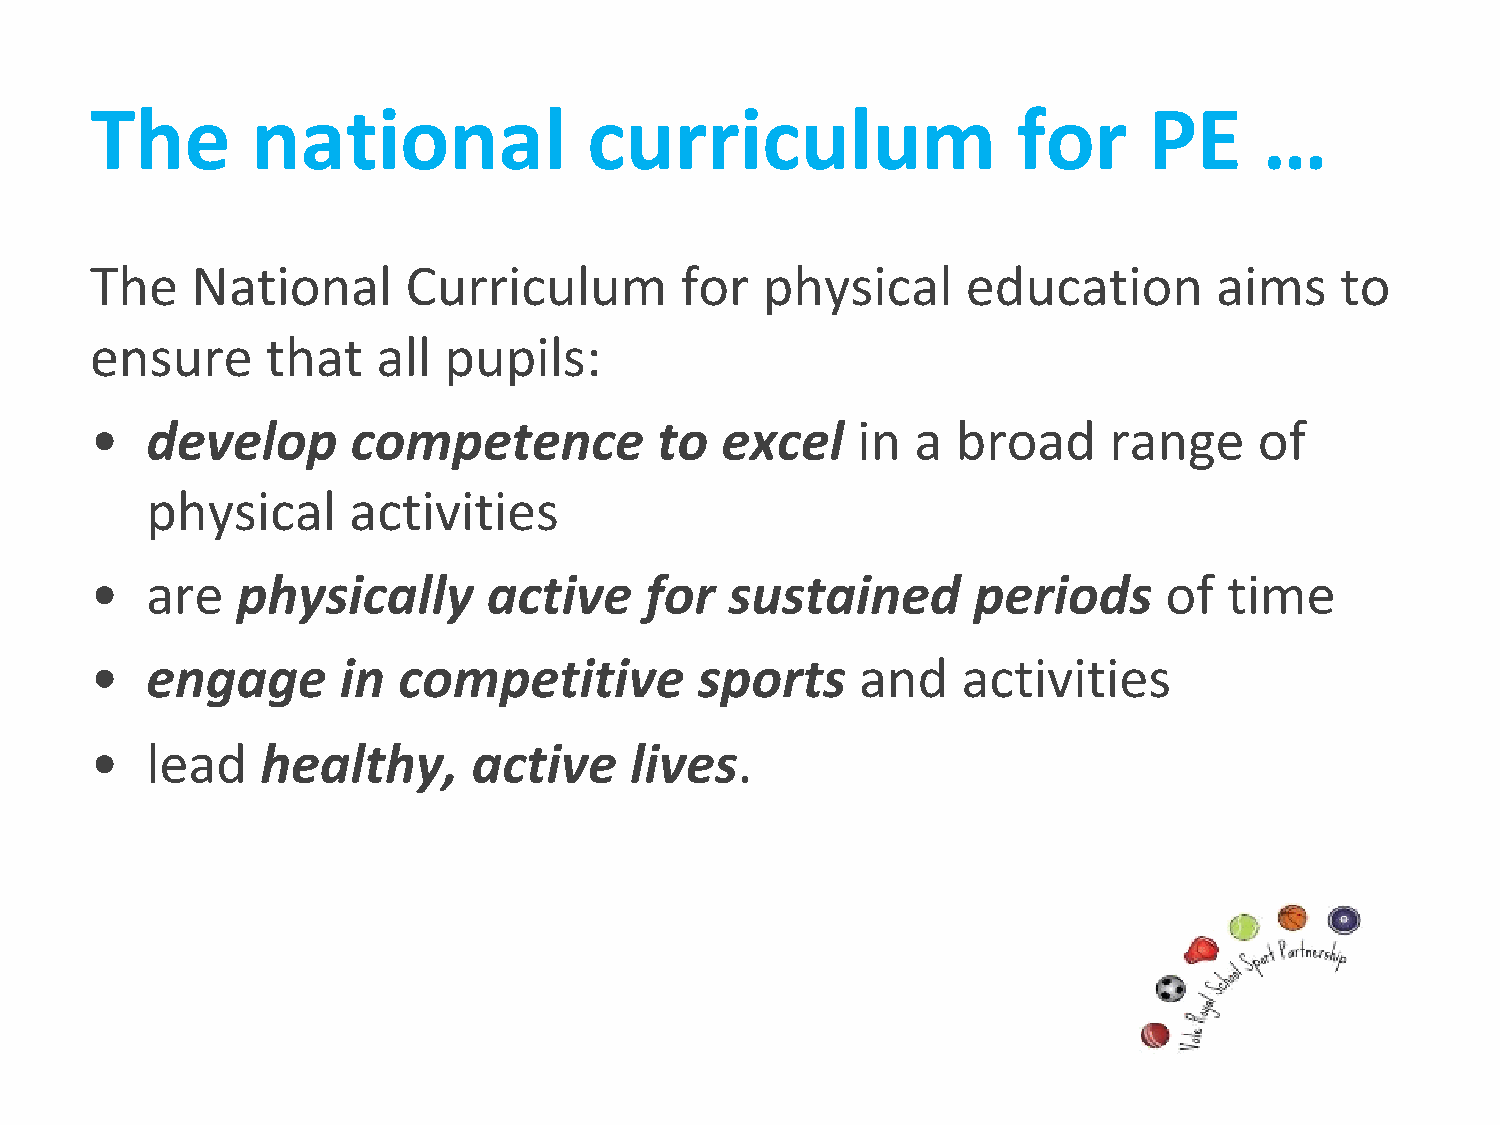
The        national              curriculum                  for      PE      …
 The    National      Curriculum        for  physical      education        aims    to
 ensure      that   all pupils:
 •   develop      competence           to  excel    in  a broad     range     of
 physical     activities
 •   are   physically      active     for  sustained       periods      of  time
 •   engage      in  competitive         sports     and    activities
 •   lead   healthy,      active     lives.